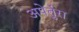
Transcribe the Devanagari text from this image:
अपेर्तुरा